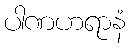
ပါဏဟရာနံ